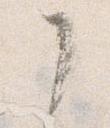
了